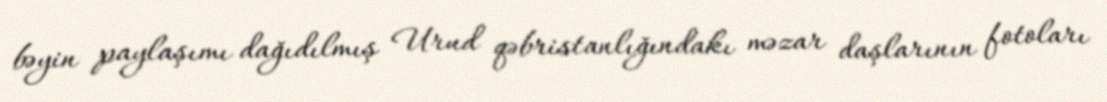
bəyin paylaşımı dağıdılmış Urud qəbristanlığındakı məzar daşlarının fotoları